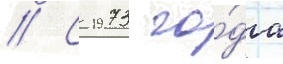
// С 1973 го́да